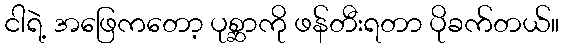
ငါရဲ့ အဖြေကတော့ ပုစ္ဆာကို ဖန်တီးရတာ ပိုခက်တယ်။